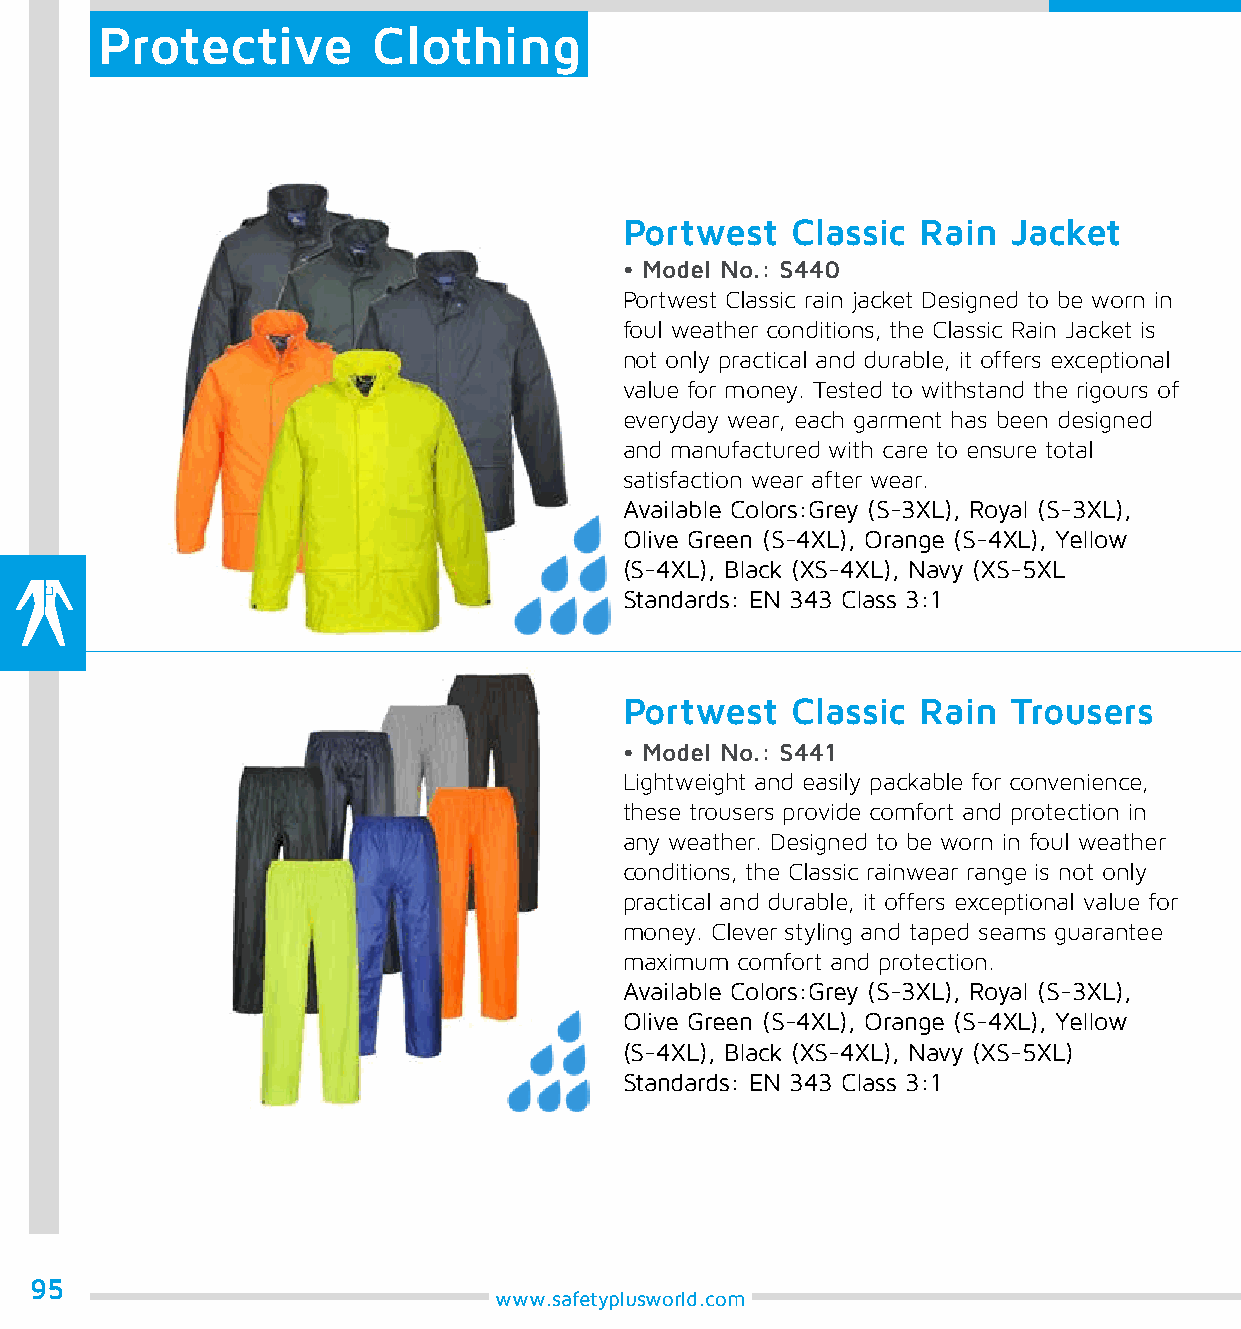
Protective         Clothing
 Portwest   Classic  Rain  Jacket
 • Model No.: S440
 Portwest Classic rain jacket Designed to be worn in
 foul weather conditions, the Classic Rain Jacket is
 not only practical and durable, it offers exceptional
 value for money. Tested to withstand the rigours of
 everyday wear, each garment has been designed
 and manufactured with care to ensure total
 satisfaction wear after wear.
 Available Colors:Grey (S-3XL), Royal (S-3XL),
 Olive Green (S-4XL), Orange (S-4XL), Yellow
 (S-4XL), Black (XS-4XL), Navy (XS-5XL
 Standards: EN 343 Class 3:1
 Portwest   Classic  Rain  Trousers
 • Model No.: S441
 Lightweight and easily packable for convenience,
 these trousers provide comfort and protection in
 any weather. Designed to be worn in foul weather
 conditions, the Classic rainwear range is not only
 practical and durable, it offers exceptional value for
 money. Clever styling and taped seams guarantee
 maximum comfort and protection.
 Available Colors:Grey (S-3XL), Royal (S-3XL),
 Olive Green (S-4XL), Orange (S-4XL), Yellow
 (S-4XL), Black (XS-4XL), Navy (XS-5XL)
 Standards: EN 343 Class 3:1
 95
 www.safetyplusworld.com